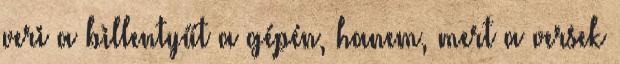
veri a billentyűt a gépén, hanem, mert a versek